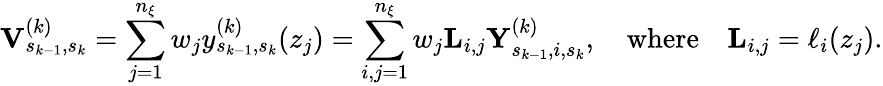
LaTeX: \mathbf{V}_{s_{k-1},s_{k}}^{(k)}=\sum_{j=1}^{n_{\xi}}w_{j}y_{s_{k-1},s_{k}}^{(k)}(z_{j})=\sum_{i,j=1}^{n_{\xi}}w_{j}\mathbf{L}_{i,j}\mathbf{Y}_{s_{k-1},i,s_{k}}^{(k)},\quad\mathrm{where}\quad\mathbf{L}_{i,j}=\ell_{i}(z_{j}).